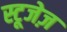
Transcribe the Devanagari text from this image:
स्टूजेज़